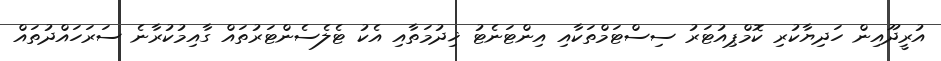
އުރީދޫއިން ހަދިޔާކުރި ކޮމްޕިއުޓަރު ސިސްޓަމްތަކާއި އިންޓަނެޓު ޚިދުމަތާއި އެކު ޓެލެސެންޓަރުތައް ގާއިމުކުރާނެ ސަރަހައްދުތައް